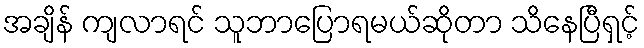
အချိန် ကျလာရင် သူဘာပြောရမယ်ဆိုတာ သိနေပြီရှင့်